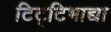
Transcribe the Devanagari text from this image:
टिट्‌टिभाद्या